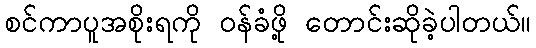
စင်ကာပူအစိုးရကို ဝန်ခံဖို့ တောင်းဆိုခဲ့ပါတယ်။